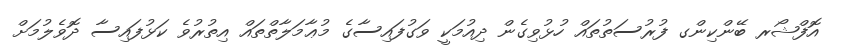
އޮފްޝޯރ ބޭންކިންގ ފުރުސަތުތައް ހުޅުވިގެން ދިއުމަކީ ވަގުފައިސާގެ މުޢާމަލާތްތައް އިތުރުވެ ކަޅުފައިސާ ދޮވެލުމަށް